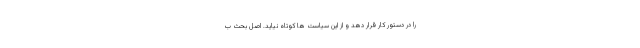
را در دستور کار قرار دهد و از این سیاست ها کوتاه نیاید. اصل بحث ب